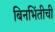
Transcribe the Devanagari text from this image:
बिनभिंतीची